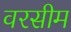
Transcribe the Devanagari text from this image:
वरसीम